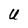
Character: U